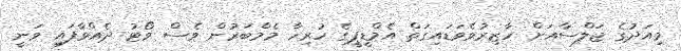
މިއަދުގެ ޖަލްސާއަށް ހާޒިރުވެވަޑައިގަތް އެމްޑީޕީގެ ހުރިހާ މެމްބަރުން ވެސް ވޯޓު ދެއްވާފައި ވަނީ